Scottish Leaving Certificate Examination, 1956
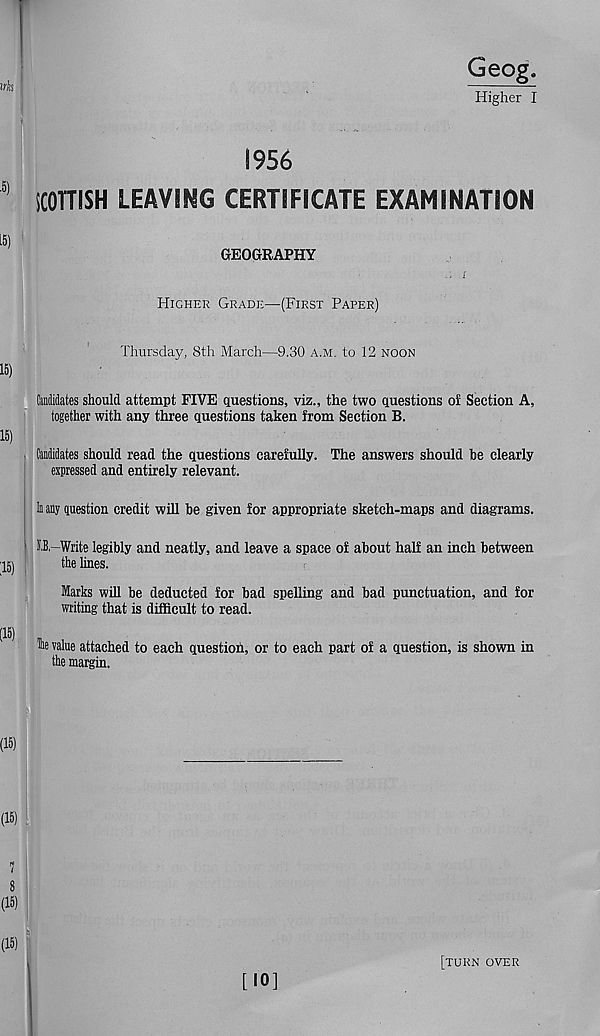
Geog.
Higher I
1956
SCOTTISH LEAVING CERTIFICATE EXAMINATION
GEOGRAPHY
i
Higher Grade—(First Paper)
Thursday, 8th March—9.30 a.M. to 12 noon
Candidates should attempt FIVE questions, viz., the two questions of Section A,
together with any three questions taken from Section B.
Candidates should read the questions carefully. The answers should be clearly
expressed and entirely relevant.
In any question credit will be given for appropriate sketch-maps and diagrams.
O,-Write legibly and neatly, and leave a space of about half an inch between
the lines.
Marks will be deducted for bad spelling and bad punctuation, and for
writing that is difficult to read.
Hie value attached to each questioh, or to each part of a question, is shown in
the margin.
[10]
[turn over